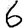
Digit: 6